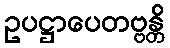
ဥပဋ္ဌာပေတဗ္ဗန္တိ